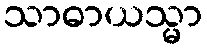
သာဓာယသ္မာ